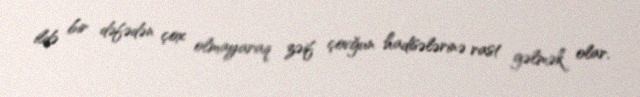
ildə bir dəfədən çox olmayaraq zəif çovğun hadisələrinə rast gəlmək olar.